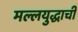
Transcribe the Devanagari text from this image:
मल्लयुद्धाची